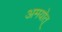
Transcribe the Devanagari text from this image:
अमयोत्